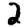
Digit: 2